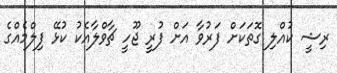
ރިޝީ ކުއްލި ގޮތަކަށް ފަރުވާ އަށް ފުރީ ޖޫހީ ޗާވްލާއެކު ކުޅޭ ފިލްމެއްގެ